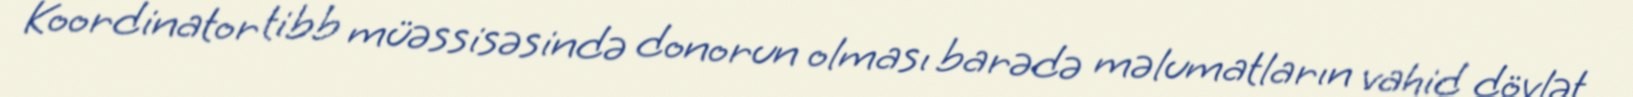
Koordinator tibb müəssisəsində donorun olması barədə məlumatların vahid dövlət